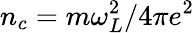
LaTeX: n_{c}=m\omega_{L}^{2}/4\pi e^{2}